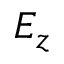
E _ { z }